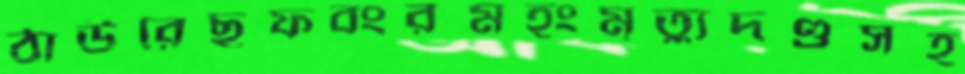
ঠাউরেছফবংরমহংমৃত্যুদণ্ডসহ